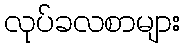
လုပ်ခလစာများ